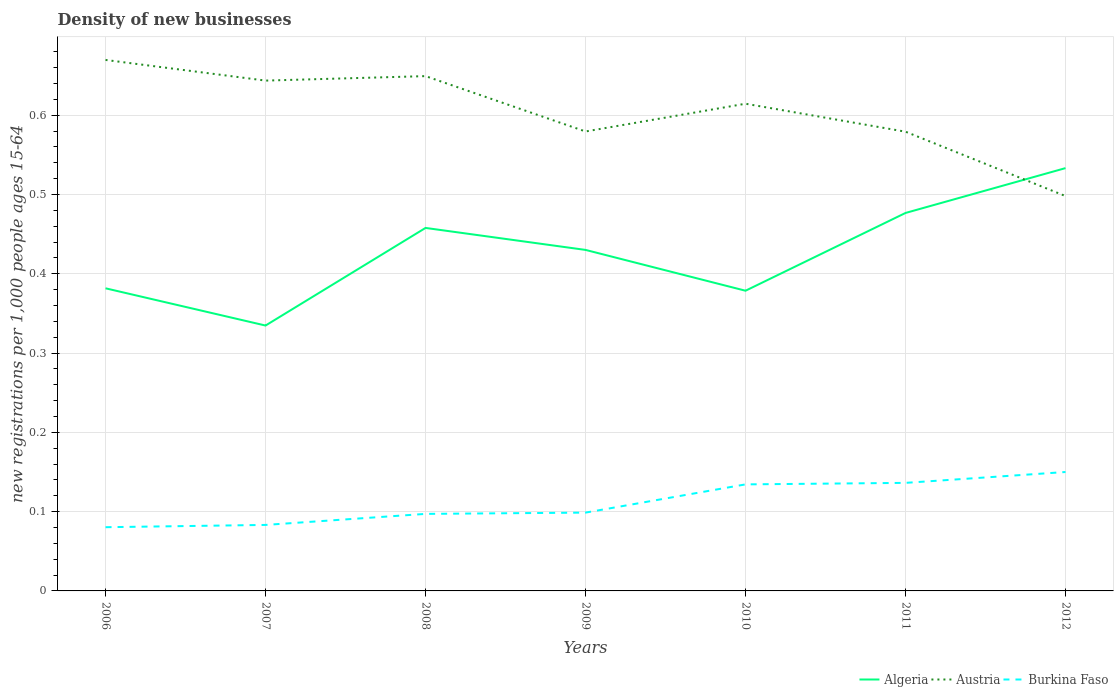
| Years | Algeria | Austria | Burkina Faso |
 | --- | --- | --- | --- |
 | 2006 | 0.382 | 0.67 | 0.0804 |
 | 2007 | 0.335 | 0.644 | 0.0833 |
 | 2008 | 0.458 | 0.649 | 0.0972 |
 | 2009 | 0.43 | 0.58 | 0.0988 |
 | 2010 | 0.379 | 0.615 | 0.134 |
 | 2011 | 0.477 | 0.579 | 0.136 |
 | 2012 | 0.533 | 0.498 | 0.15 |